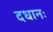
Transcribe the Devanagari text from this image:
दधानः